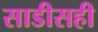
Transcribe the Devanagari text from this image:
साडीसही